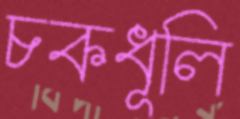
চকধূলি